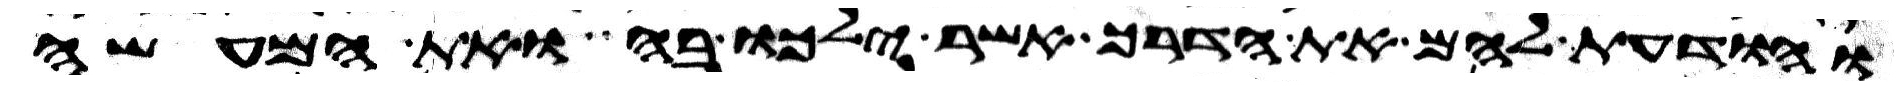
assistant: והודעת להם את הדרך אשר ילכו בה ואת המעשה